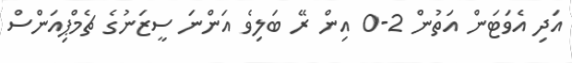
އަދި އެވަޓަން އަތުން 2-0 އިން ރޭ ބަލިވެ އަންނަ ސީޒަނުގެ ޗެމްޕިއަންސް